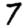
Digit: 7